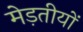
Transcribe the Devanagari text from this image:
मेड़तीयों